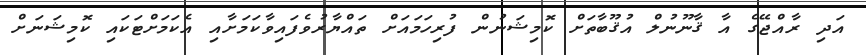
އަދި ރާއްޖޭގެ އާ ޤާނޫނުލް އުޤޫބާތަށް ކޮމިޝަނުން ފުރިހަމައަށް ތައްޔާރުވެފައިވާކަމަށާއި އެކަމަށްޓަކައި ކޮމިޝަނަށް